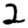
Digit: 2